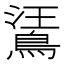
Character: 𪁘